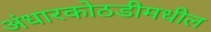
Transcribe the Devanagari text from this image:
अंधारकोठडीमधील